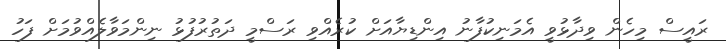
ރައީސް މިހެން ވިދާޅުވީ އެމަނިކުފާނު އިންޑިޔާއަށް ކުރެއްވި ރަސްމީ ދަތުރުފުޅު ނިންމަވާލެއްވުމަށް ފަހު